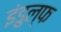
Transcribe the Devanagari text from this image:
इंडुल्फ